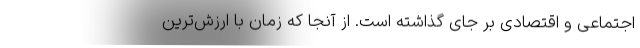
اجتماعی و اقتصادی بر جای گذاشته است. از آنجا که زمان با ارزش‌ترین